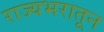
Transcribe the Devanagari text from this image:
राज्यभरातून